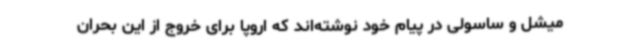
میشل و ساسولی در پیام خود نوشته‌اند که اروپا برای خروج از این بحران